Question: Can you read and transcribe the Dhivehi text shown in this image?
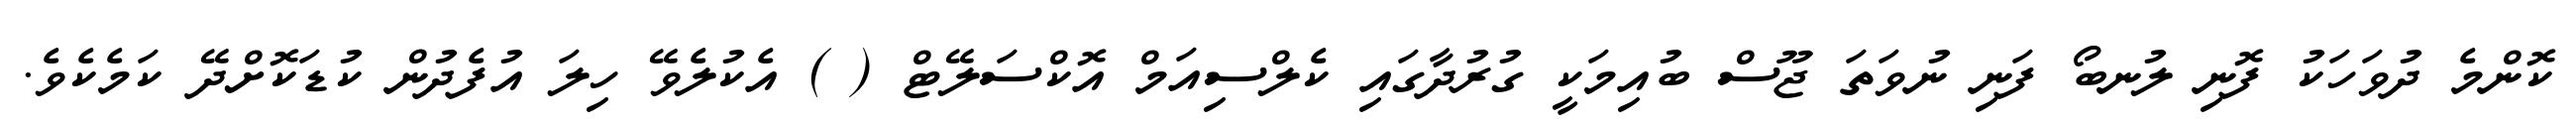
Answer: ކޮންމެ ދުވަހަކު ފޮނި ލުނބޯ ފަނި ނުވަތަ ޖޫސް ބުއިމަކީ ގުރުދާގައި ކެލްސިއަމް އޮކްސަލޭޓް ( ) އެކުލެވޭ ހިލަ އުފެދުން ކުޑަކޮށްދޭ ކަމެކެވެ.